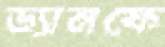
ড্যানফে